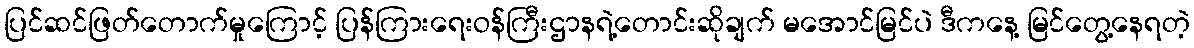
ပြင်ဆင်ဖြတ်တောက်မှုကြောင့် ပြန်ကြားရေးဝန်ကြီးဌာနရဲ့တောင်းဆိုချက် မအောင်မြင်ပဲ ဒီကနေ့ မြင်တွေ့နေရတဲ့